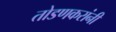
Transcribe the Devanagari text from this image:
तोडणकरांनी